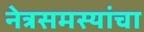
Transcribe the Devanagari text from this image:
नेत्रसमस्यांचा